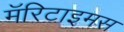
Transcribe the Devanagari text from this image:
मॅरिटाइमस